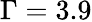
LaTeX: \Gamma=3.9